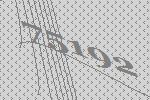
75192